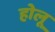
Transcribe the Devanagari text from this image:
होलू